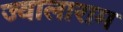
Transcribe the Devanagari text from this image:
ज्वालाराम